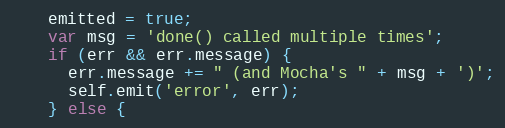
Language: JavaScript
    emitted = true;
    var msg = 'done() called multiple times';
    if (err && err.message) {
      err.message += " (and Mocha's " + msg + ')';
      self.emit('error', err);
    } else {